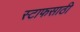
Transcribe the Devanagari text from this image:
स्टाफसाठी